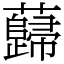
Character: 蘬